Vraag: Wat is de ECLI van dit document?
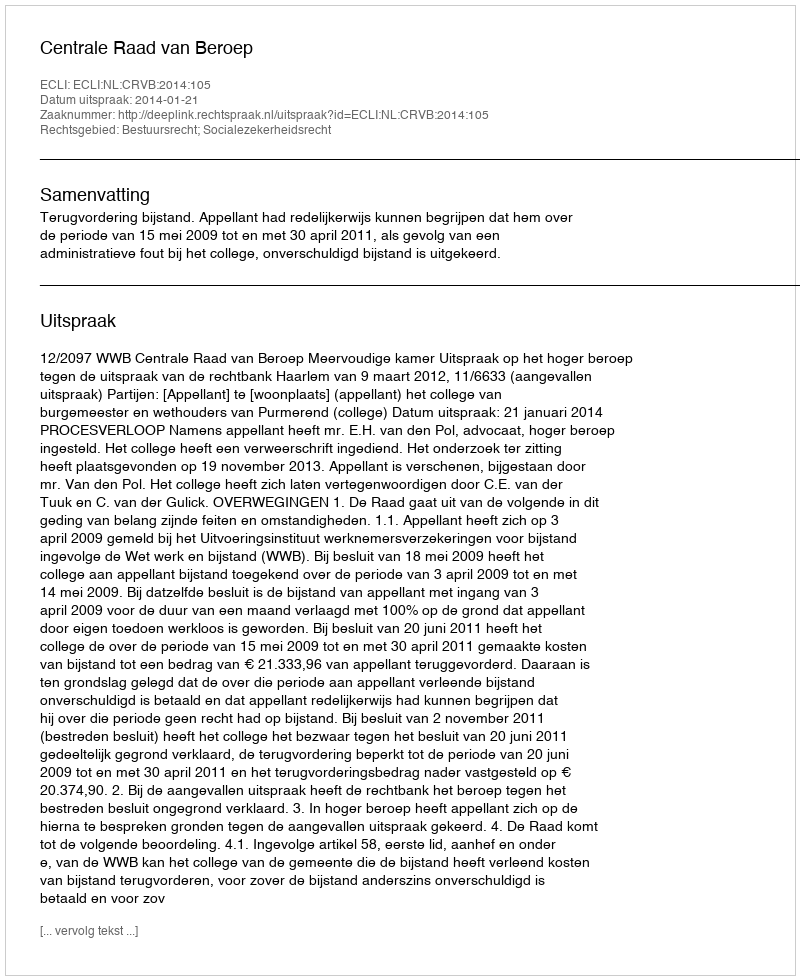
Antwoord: ECLI:NL:CRVB:2014:105